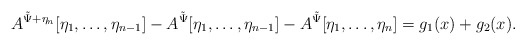
\begin{align*}A^{\tilde \Psi + \eta_n}[\eta_1,\dots,\eta_{n-1}] - A^{\tilde \Psi}[\eta_1,\dots,\eta_{n-1}] - A^{\tilde \Psi}[\eta_1,\dots,\eta_n] = g_1(x) + g_2(x).\end{align*}